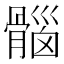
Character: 𮪱